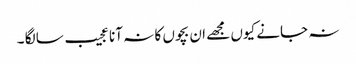
نہ جانے کیوں مجھے ان بچوں کا نہ آنا عجیب سا لگا ۔